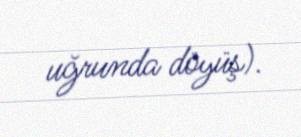
uğrunda döyüş).